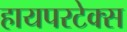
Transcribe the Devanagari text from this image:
हायपरटेक्स